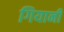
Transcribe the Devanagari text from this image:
गियानी